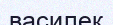
василек